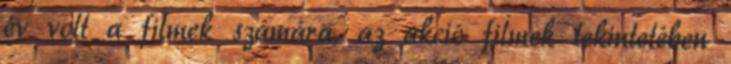
év volt a filmek számára, az akció filmek tekintetében